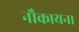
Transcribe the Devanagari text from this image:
नौकायन।